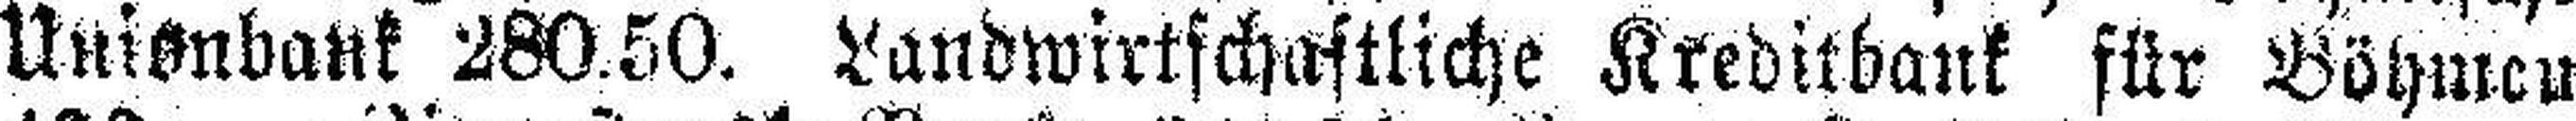
Unionbank 280.50. Landwirtschaftliche Kreditbank für Böhmen